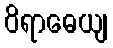
ဝိရာဓေယျ